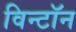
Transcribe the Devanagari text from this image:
विन्टॉन